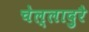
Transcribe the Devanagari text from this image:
चेल्लादुरै